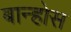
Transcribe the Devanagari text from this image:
बान्होस